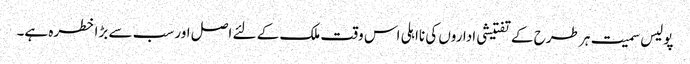
پولیس سمیت ہر طرح کے تفتیشی اداروں کی نااہلی اس وقت ملک کے لئے اصل اور سب سے بڑا خطرہ ہے۔